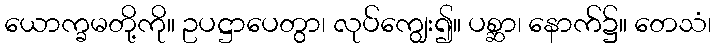
ယောက္ခမတို့ကို။ ဥပဋ္ဌာပေတွာ၊ လုပ်ကျွေး၍။ ပစ္ဆာ၊ နောက်၌။ တေသံ၊